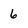
Character: 6